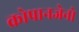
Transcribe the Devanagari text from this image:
क्रोपानजेनो